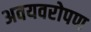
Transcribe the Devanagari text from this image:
अवयवरोपण